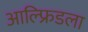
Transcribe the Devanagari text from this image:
आल्फ्रिडला